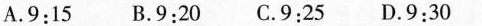
A.9:15 B.9:20 C.9:25 D.9:30